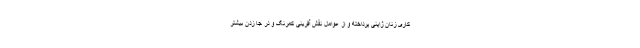
کاری زنان ژاپنی پرداخته و از عوامل نقش آفرینی کمرنگ و در جا زدن بیشتر